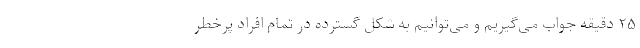
۲۵ دقیقه جواب می‌گیریم و می‌توانیم به شکل گسترده در تمام افراد پرخطر